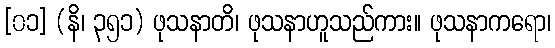
[၀၁] (နိ၊ ၃၅၁) ဖုသနာတိ၊ ဖုသနာဟူသည်ကား။ ဖုသနာကရော၊